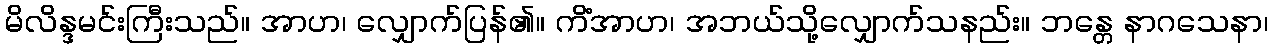
မိလိန္ဒမင်းကြီးသည်။ အာဟ၊ လျှောက်ပြန်၏။ ကိံအာဟ၊ အဘယ်သို့လျှောက်သနည်း။ ဘန္တေ နာဂသေနာ၊